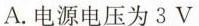
A.电源电压为3V